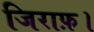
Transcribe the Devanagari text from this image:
जिराफ़।